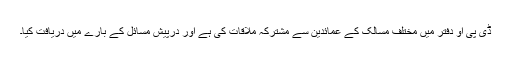
ڈی پی او دفتر میں مختلف مسالک کے عمائدین سے مشترکہ ملاقات کی ہے اور درپیش مسائل کے بارے میں دریافت کیا۔